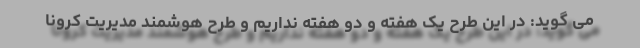
می گوید: در این طرح یک هفته و دو هفته نداریم و طرح هوشمند مدیریت کرونا